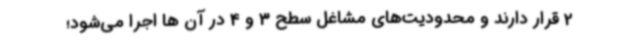
2 قرار دارند و محدودیت‌های مشاغل سطح 3 و 4 در آن ها اجرا می‌شود؛